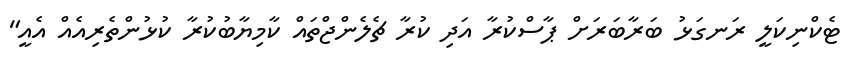
ޓެކްނިކަލީ ރަނގަޅު ބަރާބަރަށް ޕާސްކުރާ އަދި ކުރާ ޗެލެންޖްތައް ކާމިޔާބުކުރާ ކުޅުންތެރިއެއް އެއީ"